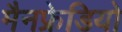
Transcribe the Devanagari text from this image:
मैनफ्रेडियो